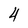
Character: 4